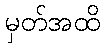
မှတ်အထိ